system: You are a helpful assistant.
user:
Analyze the provided spectrum to determine if it is a **"Cataclysmic Variables (CV)"**.

- **Key Indicators for CV (Check for either state):**
    - **State 1: Quiescent / Low-State (Emission-Dominated)**
        - **(Primary):** Strong and *very broad* Hydrogen Balmer emission lines (e.g., $H\alpha$ at 6563 Å, $H\beta$ at 4861 Å). The 'broadness' (high velocity dispersion, often FWHM > 1000 km/s) is the key diagnostic, indicating a high-velocity accretion disk.
        - **(Secondary):** Broad neutral Helium (He I) emission lines (e.g., 5876 Å, 6678 Å).
        - **(Key Confirmation):** Presence of high-excitation *ionized* Helium (He II) emission at 4686 Å. This is a strong indicator of accretion onto a white dwarf.
        - **(Line Profile):** Emission lines may exhibit a 'double-peaked' profile, which is a classic signature of a rotating accretion disk viewed at high inclination.

    - **State 2: Outburst / High-State (Absorption-Dominated)**
        - **(Primary):** Spectrum is dominated by a bright, blue continuum (looks like a hot star).
        - **(Secondary):** The emission lines from State 1 are weak, absent, or 'filled in', and are replaced by broad, shallow *absorption* lines (primarily Balmer and He I).
        - **(Morphology):** The overall spectrum mimics a hot B/A-type star. The crucial difference is that the absorption lines are significantly broader, shallower, and more 'washed-out' (or 'smeared') than the sharp lines of a normal stellar photosphere, due to high rotational speeds and pressure broadening in the disk.

Think first, call **spectral_visualization_tool** if needed to examine features in detail, then provide your final answer. Your response must adhere to the following strict rules:
1.  **Overall Structure:** Your response must follow the format `<think>...</think> <tool_call>...</tool_call> (if a tool is used) <answer>...</answer>`.
2.  **Tool Usage Constraint:** You may only make **one** tool call per turn.
3.  **Final Answer Format:** In the `<answer>` tag, your conclusion must be inside a `\boxed{}` command (e.g., `\boxed{YES}`), followed by your justification.

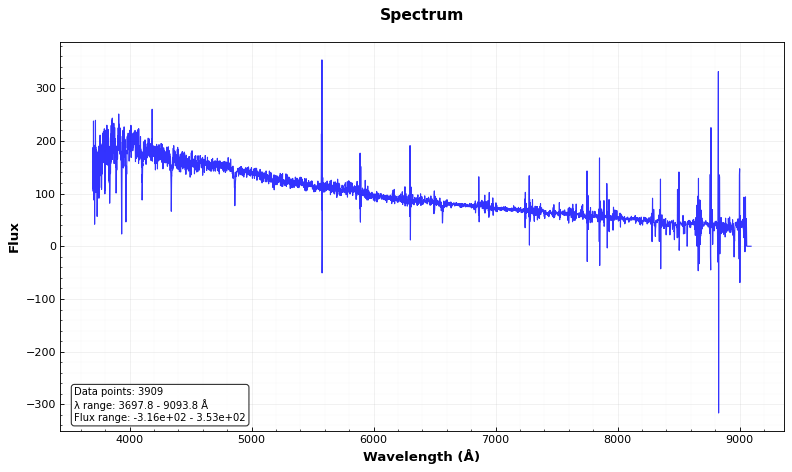
Answer: NO